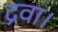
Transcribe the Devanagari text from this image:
द्रवा।